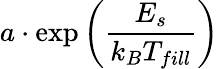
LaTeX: a\cdot\exp\left({\frac{E_{s}}{k_{B}T_{fill}}}\right)